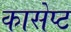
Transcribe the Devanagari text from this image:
कासेप्ट